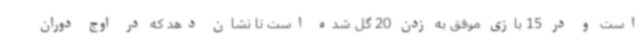
است و در 15 بازی موفق به زدن 20 گل شده است تا نشان دهد که در اوج دوران